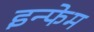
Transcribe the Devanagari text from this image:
इन्फेम